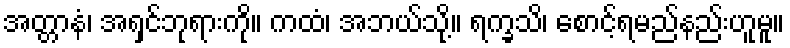
အတ္တာနံ၊ အရှင်ဘုရားကို။ ကထံ၊ အဘယ်သို့။ ရက္ခသိ၊ စောင့်ရမည်နည်းဟူမူ။